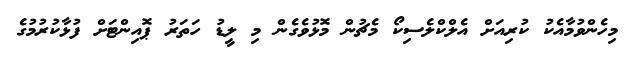
މިހެންވުމާއެކު ކުރިއަށް އެލްކްލެސިކޯ މެޗުން މޮޅުވެގެން މި ލީޑު ހަތަރު ޕޮއިންޓަށް ފުޅާކުރުމުގެ